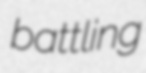
battling